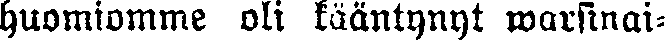
huomiomme oli kääntynyt warsinai-